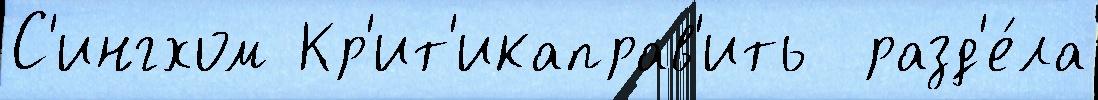
С'ингхом Кр'ит'икаправ'ить  разд'е́ла